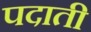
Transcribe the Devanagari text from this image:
पदाती